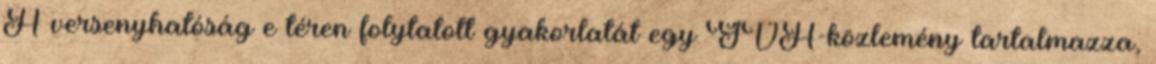
A versenyhatóság e téren folytatott gyakorlatát egy GVH-közlemény tartalmazza,